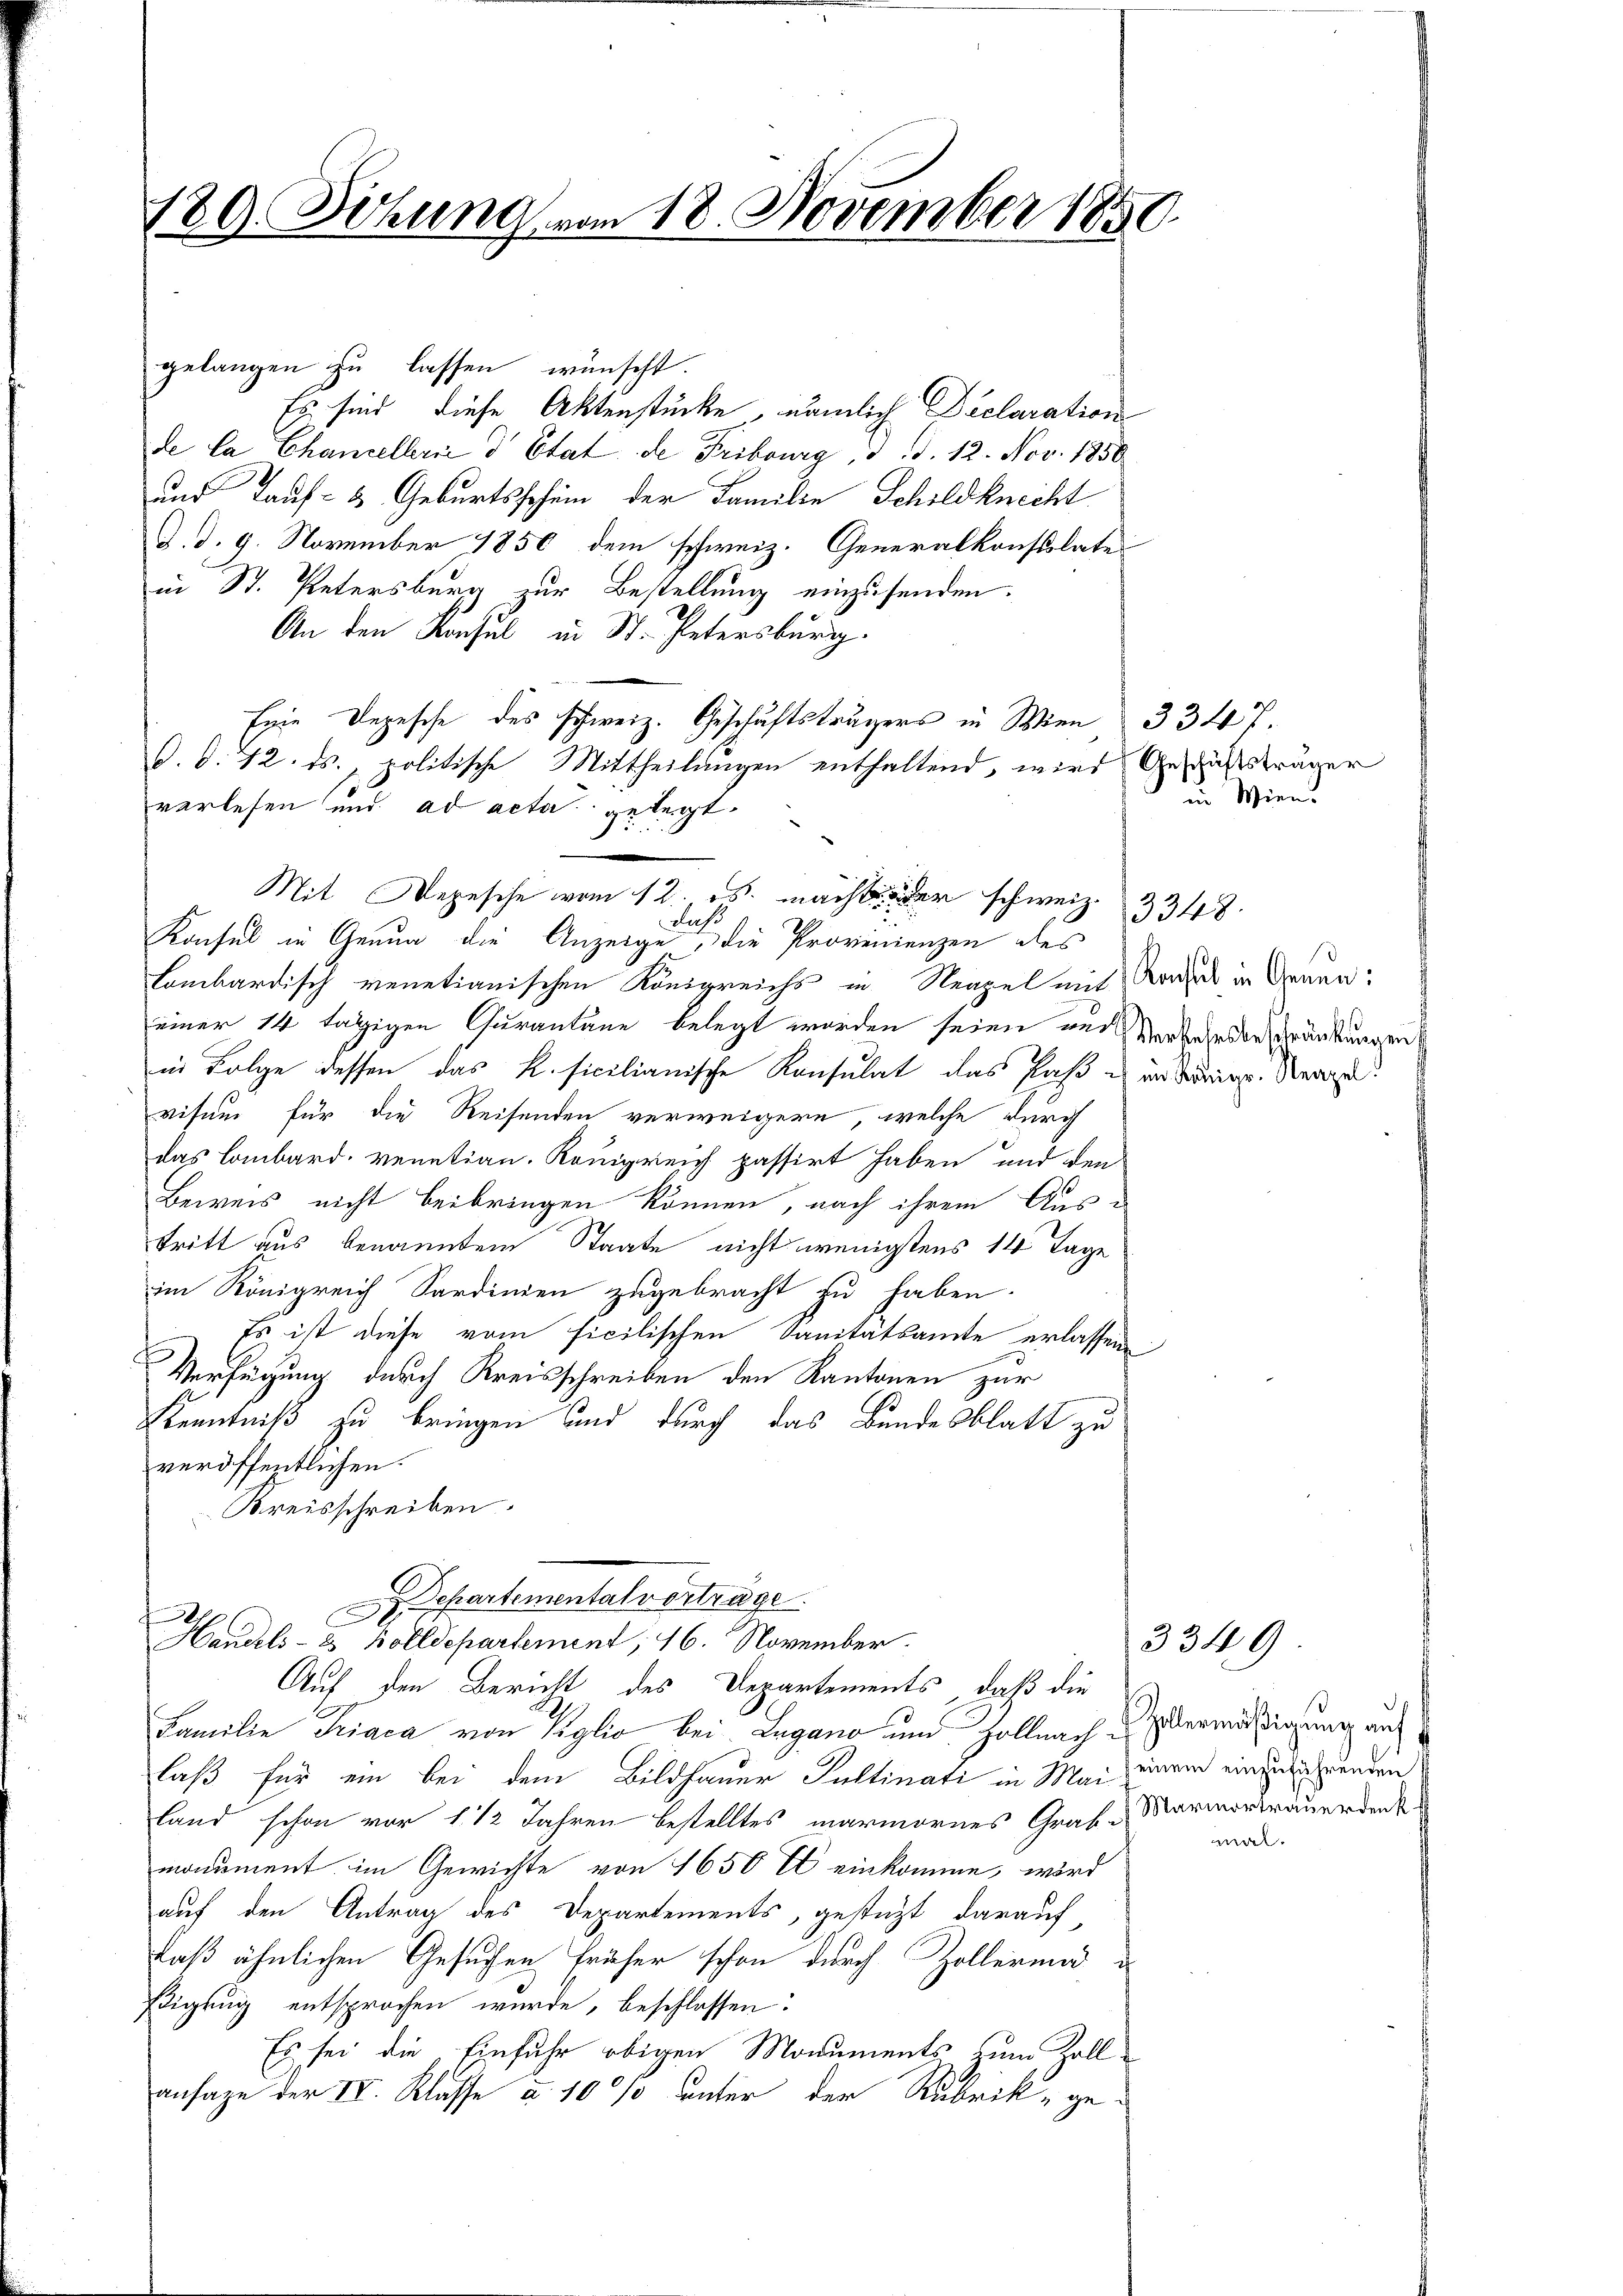
180. Sitzung vom 18. November 1850

gelangen zu lassen wünscht.
Es sind diese Aktenstücke, nämlich Declaration
de la Chancellerii d Etat de Fribourg, 3 S. 12. Nov. 1850
und Tauf- & Geburtsschein der Familie Schildknecht
d. d. 9. November 1850 dem schweiz. Generalkonsulatei
in St. Petersburg zur Bestellung einzusenden.
An den Konsul in St. Petersburg.
Eine Depesche des schweiz. Geschäftsträgers in Wien 3347.
d. d. 12. ds., politische Mittheilungen enthaltend, wird Genußsträger
verlesen und ad acta gelegt
Lombardisch venetianischen Königreichs in Neapel mit Ragus in Graun:
einer 14 tägigen Curantane belegt worden seien aus Verkehrsbeschränkungen
in Folge dessen das R. sicilianische Konsulat das Paß es in Vorge. Verge
visum für die Reisenden verweigern, welche durch
das Lombard, venetian. Königreich passirt haben, und den
Beweis nicht beibringen können, nach ihrem Aus-
tritt aus benannten Staate nicht wenigstens 14 Tage
im Königreich Sardinien zugebracht zu haben.
 Es ist diese vom ficilischen Sanitätsamte erlassene
Verfügung durch Kreisschreiben den Kantonen zur
Kenntniß zu bringen und durch das Bundesblatt zu
veröffentlichen.
Kreisschreiben.
epartemental vorträge.
Hechts- 2 Bolldepartement, 16. November.
Auf den Bericht des Departements, daß die
Familie Triaca von Viglio bei Lugano und Zoll nach Übermäßigung auf
laß für ein bei dem Bildhauer Pultinati in Mai einem einzugrunden
land schon vor 1 1/2 Jahren bestelltes marmornes Grab-
monument im Gewichte von 1650 fl einkomme, wird
auf den Antrag des Departements, gestützt darauf,
daß ähnlichen Gesuchen früher schon durch Zollerung
ßigung entsprochen wurde, beschlossen:
Es sei die Einfuhr obigen Monuments zum Zollansage der IV. Klasse u. 10 % unter der Rubrik ge-

u
Mit Depesche vom 12. ds. macht der schweiz.
Fuß
Konsul in Genua die Anzeige, die Provinienzen ales

u. Wien.

33448.

3349

Marmortrauerdenk

mal.